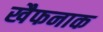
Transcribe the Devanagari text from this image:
खैफनाक